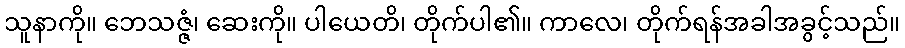
သူနာကို။ ဘေသဇ္ဇံ၊ ဆေးကို။ ပါယေတိ၊ တိုက်ပါ၏။ ကာလေ၊ တိုက်ရန်အခါအခွင့်သည်။